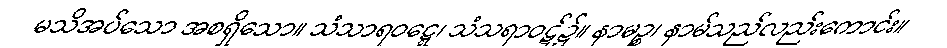
မသိအပ်သော အစရှိသော။ သံသာရဝဋ္ဋေ၊ သံသရာဝဋ်၌။ နာမဉ္စ၊ နာမ်သည်လည်းကောင်း။